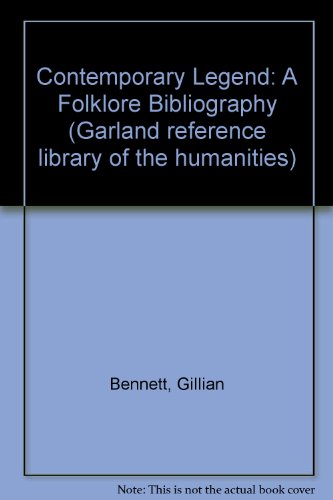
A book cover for Contemporary Legend: A Folklore Bibliography (Garland Reference Library of the Humanities, Vol. 1307; Garland Folklore Bibliographies, Vol. 18); Gillian Bennett; Humor & Entertainment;